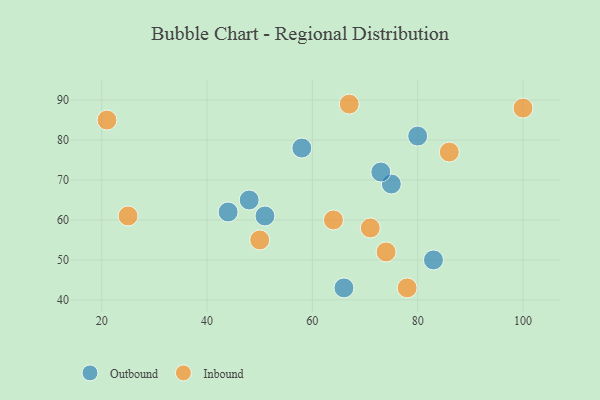
{"axis": {"x": "GDP", "y": "Life Expectancy"}, "legend": ["Inbound", "Outbound"], "data": [{"x": "83", "y": 50, "type": "Outbound"}, {"x": "58", "y": 78, "type": "Outbound"}, {"x": "48", "y": 65, "type": "Outbound"}, {"x": "44", "y": 62, "type": "Outbound"}, {"x": "66", "y": 43, "type": "Outbound"}, {"x": "51", "y": 61, "type": "Outbound"}, {"x": "75", "y": 69, "type": "Outbound"}, {"x": "80", "y": 81, "type": "Outbound"}, {"x": "73", "y": 72, "type": "Outbound"}, {"x": "100", "y": 88, "type": "Inbound"}, {"x": "64", "y": 60, "type": "Inbound"}, {"x": "50", "y": 55, "type": "Inbound"}, {"x": "74", "y": 52, "type": "Inbound"}, {"x": "21", "y": 85, "type": "Inbound"}, {"x": "86", "y": 77, "type": "Inbound"}, {"x": "67", "y": 89, "type": "Inbound"}, {"x": "78", "y": 43, "type": "Inbound"}, {"x": "71", "y": 58, "type": "Inbound"}, {"x": "25", "y": 61, "type": "Inbound"}]}